Senior Leaving Certificate Examination (including Day School Certificate (Higher) General paper), 1950
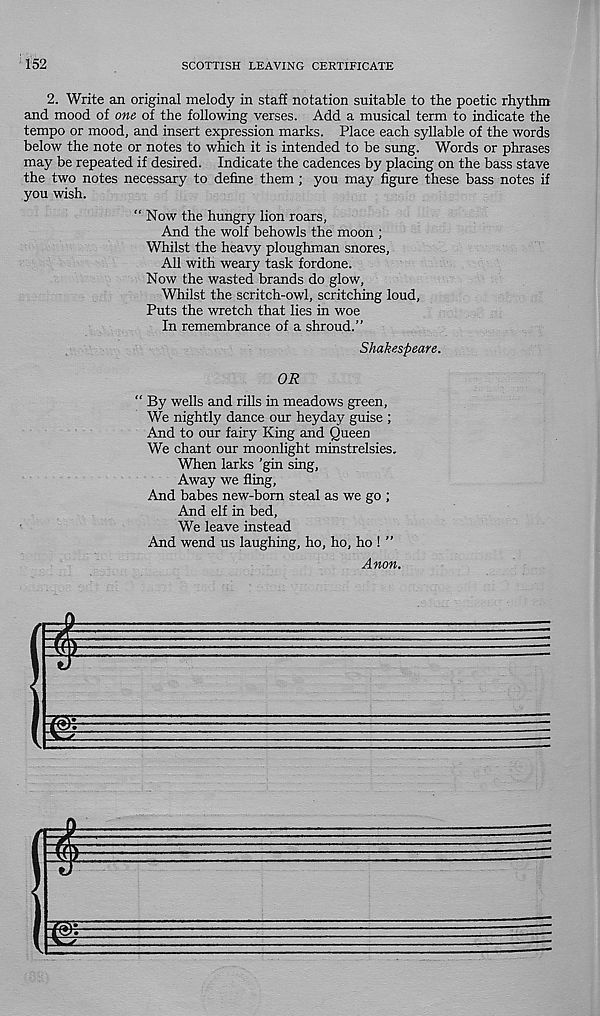
152
SCOTTISH LEAVING CERTIFICATE
2. Write an original melody in staff notation suitable to the poetic rhythm
and mood of one of the following verses. Add a musical term to indicate the
tempo or mood, and insert expression marks. Place each syllable of the words
below the note or notes to which it is intended to be sung. Words or phrases
may be repeated if desired. Indicate the cadences by placing on the bass stave
the two notes necessary to define them; you may figure these bass notes if
you wish.
“Now the hungry lion roars,
And the wolf behowls the moon ;
Whilst the heavy ploughman snores.
All with weary task fordone.
Now the wasted brands do glow.
Whilst the scritch-owl, scritching loud,
Puts the wretch that lies in woe
In remembrance of a shroud.”
Shakespeare.
OR
“ By wells and rills in meadows green,
We nightly dance our heyday guise ;
And to our fairy King and Queen
We chant our moonlight minstrelsies.
When larks ’gin sing,
Away we fling.
And babes new-born steal as we go ;
And elf in bed,
We leave instead
And wend us laughing, ho, ho, ho ! ”
Anon.